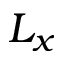
L _ { x }